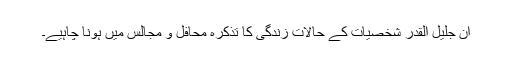
ان جلیل القدر شخصیات کے حالات زندگی کا تذکرہ محافل و مجالس میں ہونا چاہیے۔